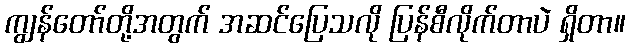
ကျွန်တော်တို့အတွက် အဆင်ပြေသလို ပြန်စီလိုက်တာပဲ ရှိတာ။